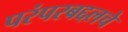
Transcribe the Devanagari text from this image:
परंपरबद्दलचे